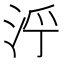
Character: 𱦒